Vaccination in Burma 1900-1911 - 1900-1911
Year: 1900
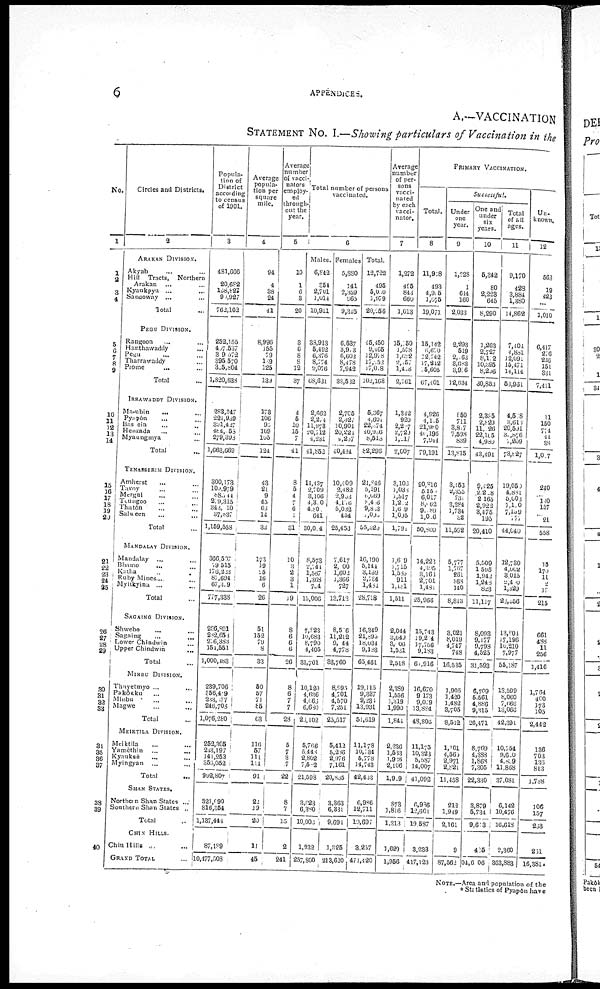
6
APPENDICES.
A.—VACCINATION
STATEMENT NO. I.—Showing particulars of Vaccination in the
No.
1
1
2
3
4
5
6 7
8
9
10
11
12
13
14
15
16
17
18
19
20
21
22 22
24
25
26
27
28
29
30
31
32
33
34
35
36
37
38
39
40
Circles and Districts.
2
ARAKAN DIVISION.
Akyab ... ...
Hill Tracts, Northern
Akaran ... ...
Kyaukpyu ... ...
Sandoway ...
Total ...
PEGU DIVISION.
Rangoon ... ...
Hanthawaddy ...
Pegu ...
Tharrawaddy ...
Prome
...
Total ...
IRRAWADDY DIVISION.
Ma-ubin ... ...
pyapôn ... ...
Bassein ... ...
Henzada ... ...
Myaungmya ... ...
Total ...
TENASSERIM DIVISION.
Amherst ... ...
Tavoy
...
...
Mergul ... ...
Teungoo ... ...
Thatôn ... ...
Salween
...
...
Total ...
MAKDALAY DIVISION.
Mandalay ... ...
Bhamo ... ...
Katha ... ...
Ruby Mines ... ...
Myitkyina ...
..
Total ... ...
SAGAING DIVISION.
Shwebo ... ...
Sagaing ... ...
Lower Chindwin ...
Upper Chindwin ...
Total ...
MINBU DIVISION.
Thayetmyo ... ...
Pakôkku ... ...
Minbu ... ...
Magwe ... ...
Total ...
MEIKTILA DIVISION.
Meiktila ... ...
Yamèthin ... ...
Kyauksè ... ...
Myingyan ...
Total ...
SHAN STATES.
Northern Shan States ...
Southern Shan States ...
Total ...
CHIN HILLS.
Chin Hills ... ...
GRAND TOTAL ...
Popula-
tion of
District
according
to census
of 1901.
3
481,666
20,682
168,827
90,927
762,102
252,155
457,537
309,572
395,570 305,804
1,820,633
283,347
221,9,39
391,427
484,055
279,398
1,663,669
300,173
100,979
88,744
279,315
343,010
37,837
1,159,558
366,507
79,515 .
176,233
87,694
67,329
777,338
286,891
282,653
276,383
151,551
1,000,483
239,706
356,419
233,277
246,703
1,076,280
252,305
213,197
141,253
356,052
992,807
321,090
816,354
1,137,444
87,189
10,477,508
Average
popula-
tion per
square
mile.
4
94
4
38
24
41
8,996
155
79
139
125
139
173
106
95
169
105
124
43
2l
9
45
63
14
32
173
19
25
10
6
26
51
152
79
8
33
50
57
71
85
63
116
57
111
114
91
22
19
20
11
45
Average
number
of vacci
nators
employ-
ed
through
out the
year.
5
10
1
6
3
20
3
6
8
8
12
37
4
5
10
15
7
41
8
5
4
7
6
1
31
10
3
2
3
1
19
8
6
6
6
26
8
6
7
7
28
5
7
3
7
22
8
7
15
2
241
Total number of persons
vaccinated.
6
Males.
6,842
351
2,701
1,014
10,911
38,913
5,492
6,376
8,774
9,076
68,631
2,662
2,274
11,978
20,712
4,231
41,852
14,137
2,709
3,106
4,370
4,801
641
30,024
8,573
2,741
1,567
1,368
734
15,006
7,823
10,683
8,790
4,405
31,701
10,120
4,636
4,666
6,630
25,102
5,766
5,448
2,802
7,582
21,598
3,023
6,380
10,003
1,932
257,800
Females
5,880
141
2,359
965
9,345
6,537
3,973
6,602
8,478
7,942
33,532
2,705
2,327
10,901
20,221
4,237
10,414
10,409
2,482
2,963
4,176
5,032
454
25,453
7,617
2,000
1,602
1,366
727
13,712
8,516
11,212
9,144
4,778
33,760
8,995
4,701
4,570
7,251
25,517
5,412
5,286
2,976
7,161
20,835
3,363
6,331
9,694
1,325
213,620
Total.
12,722
495
5,030
1,979
20,256
45,450
9,465
12,978
17,252
37,018
102,163
6,367
4,601
22,374
40,936
8,513
82,296
2l,846
5,191
6,669
8,466
9,833
1,099
55,520
16,190
5,141
3,169
2,734
1,461
28,718
16,349
21,893
18,034
9,183
65,461
19,115
9,337
9,235
13,931
51,619
11,178
10,734
5,778
14,743
42,433
6,986
12,711
10,697
3,257
471,420
Average
number
of per-
sons
vacci-
nated
by each
vacci-
nator.
7
1,272
495
843
660
1,013
15,150
1,578
1,622
2,157
1,418
2,761
1,342
920
2,277
2,720
1,517
2,007
3,103
1,033
1,5l7
1,212
1,609
1,005
l,791
1,619
3,715
1,580
911
1,481
1,511
2,044
3,649
3,106
1,531
2,518
2,389
1,556
1,319
1,990
1,844
2,236
1,533
1,926
2,106
1,929
873
1,816
1,313
1,629
1,956
PRIMARY VACCINATION.
Total.
8
11,918
493
4,955
1,075
19,071
15,142
6,670
12,742
17,242
15,605
67,401
4,926
4,145
21,980
40,196
7,944
79,191
20,816
5,150
6,017
8,062
9,189
1,026
50,830
14,223
4,305
3,163
2,701
1,481
25,966
15,743
19,214
17,756
9,183
61,916
16,670
9,173
9,079
13,884
43,805
11,175
10,323
5,587
14,007
41,092
6,936
12,601
19,587
3,233
417,123
Successful.
Under
one
year.
9
1,228
1
614
160
2,033
2,293
519
2,163
3,683
3,976
12,634
850
711
3,817
7,598
839
13,815
3,453
2,355
731
3,284
1,734
32
11,592
5,777
1,767
261
863
140
8,813
3,021
8,019
4,747
748
16,535
1,905
1,420
1,482
3,705
8,512
1,101
4,565
2,971
2,821
11,458
212
1,949
2,161
9
87,562
One and
under
six
years.
10
5,342
80
2,223
645
8,290
1,263
2,727
8,172
10,395
8,206
30,853
2,385
2,829
11,126
22,105
4,989
43,494
9,425
2,228
2,165
2,922
3,475
195
20,410
5,509
1,595
1,942
1,248
823
11,117
8,003
9,177
9,798
4,525
31,593
6,709
5,561
4,886
9,315
26,471
8,769
4,388
1,868
7,305
22,330
3,879
5,734
9,613
425
04,6106
Total
of all
ages.
11
9,170
428
3,881
1,380
14,862
7,404
4,88l
12,091
15,471
14,114
53,931
4,528
3,613
20,591
31,876
7,209
73,827
19,050
4,881
5,603
7,110
7,159
777
44,040
12,730
4,062
3,015
2,480
1,329
23,556
13,804
17,196
10,210
7,977
55,187
13,599
8,060
7,666
13,066
42,391
10,754
9,620
4,839
11,868
37,081
6,142
10,476
16,613
2,360
363,883
Un.
known.
12
563
19
423
...
1,010
6,417
276
236
151
331
7,411
11
150
774
44
38
1,017
240
... 140
157
21
558
15
170
11
2
17
215
661
488
11
256
1,416
1,764
460
173
103
2,442
136
703
136
813
1,788
106
157
233
231
16,381
NOTE.—Area and population of the
* Statitics of Pyapôn have